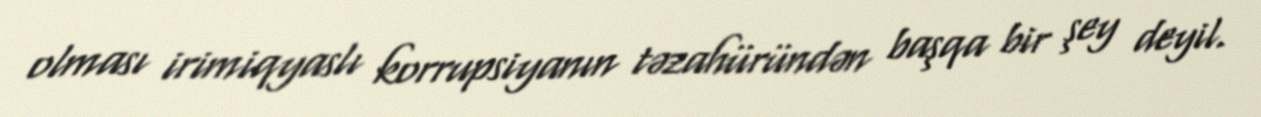
olması irimiqyaslı korrupsiyanın təzahüründən başqa bir şey deyil.